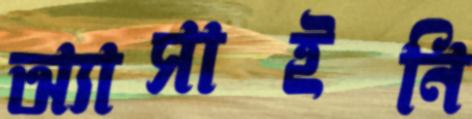
অ্যাসাইনি